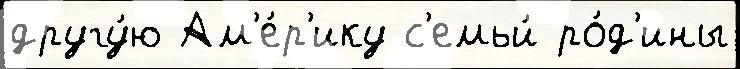
другу́ю Ам'е́р'ику с'емьи́ ро́д'ины